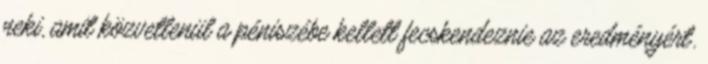
neki, amit közvetlenül a péniszébe kellett fecskendeznie az eredményért.